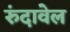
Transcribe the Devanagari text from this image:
रुंदावेल